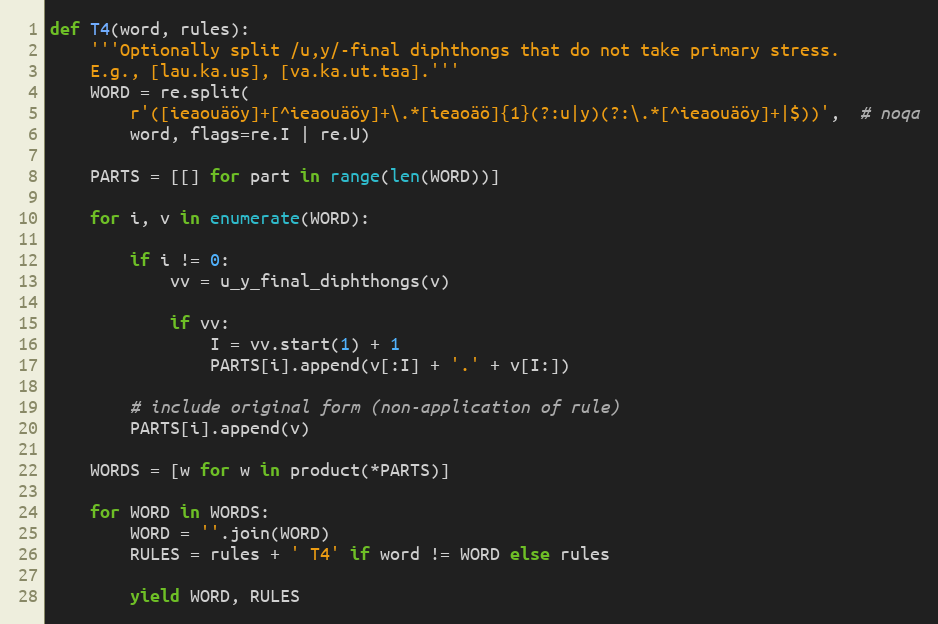
Language: Python
def T4(word, rules):
    '''Optionally split /u,y/-final diphthongs that do not take primary stress.
    E.g., [lau.ka.us], [va.ka.ut.taa].'''
    WORD = re.split(
        r'([ieaouäöy]+[^ieaouäöy]+\.*[ieaoäö]{1}(?:u|y)(?:\.*[^ieaouäöy]+|$))',  # noqa
        word, flags=re.I | re.U)

    PARTS = [[] for part in range(len(WORD))]

    for i, v in enumerate(WORD):

        if i != 0:
            vv = u_y_final_diphthongs(v)

            if vv:
                I = vv.start(1) + 1
                PARTS[i].append(v[:I] + '.' + v[I:])

        # include original form (non-application of rule)
        PARTS[i].append(v)

    WORDS = [w for w in product(*PARTS)]

    for WORD in WORDS:
        WORD = ''.join(WORD)
        RULES = rules + ' T4' if word != WORD else rules

        yield WORD, RULES